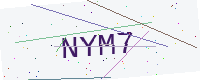
Text: NYM7